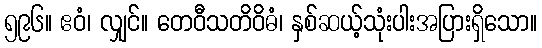
၅၉၆။ ဧဝံ၊ လျှင်။ တေဝီသတိဝိဓံ၊ နှစ်ဆယ့်သုံးပါးအပြားရှိသော။